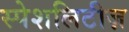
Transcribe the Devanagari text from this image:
स्पेशलिटीज़